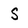
Character: S